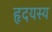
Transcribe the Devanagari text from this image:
हृदयस्य